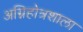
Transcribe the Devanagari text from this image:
अग्निहोत्रशाला